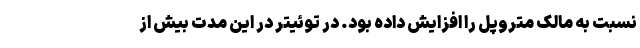
نسبت به مالک متروپل را افزایش داده بود. در توئیتر در این مدت بیش از